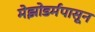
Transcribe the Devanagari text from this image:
मेझोडर्मपासून